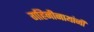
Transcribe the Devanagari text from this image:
गहिनीनाथांनी